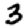
Digit: 3